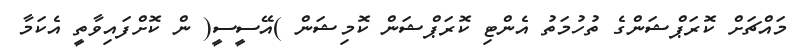
މައްޗަށް ކޮރަޕްޝަންގެ ތުހުމަތު އެންޓި ކޮރަޕްޝަން ކޮމިޝަން )އޭސީސީ( ން ކޮށްފައިވާތީ އެކަމާ